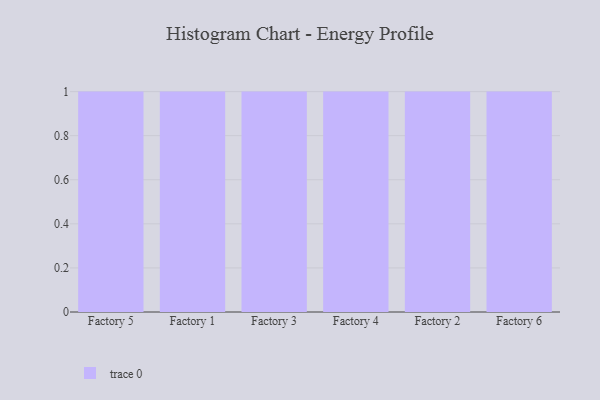
{"axis": {"x": "Factory", "y": "Website Visitors"}, "legend": [""], "data": [{"x": "Factory 5", "y": 42, "type": ""}, {"x": "Factory 1", "y": 61, "type": ""}, {"x": "Factory 3", "y": 67, "type": ""}, {"x": "Factory 4", "y": 8, "type": ""}, {"x": "Factory 2", "y": 30, "type": ""}, {"x": "Factory 6", "y": 37, "type": ""}]}